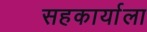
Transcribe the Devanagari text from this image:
सहकार्याला